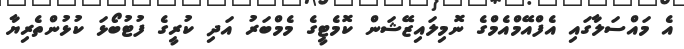
އެ މައްސަލާގައި އެފްއޭމްއެމްގެ ނޮމިލައިޒޭޝަން ކޮމެޓީގެ މެމްބަރު އަދި ކުރީގެ ފުޓުބޯޅަ ކުޅުންތެރިޔާ